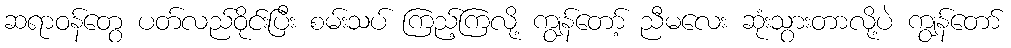
ဆရာဝန်တွေ ပတ်လည်ဝိုင်းပြီး စမ်းသပ် ကြည့်ကြလို့ ကျွန်တော့် ညီမလေး ဆုံးသွားတာလို့ပဲ ကျွန်တော်